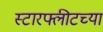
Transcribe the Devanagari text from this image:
स्टारफ्लीटच्या